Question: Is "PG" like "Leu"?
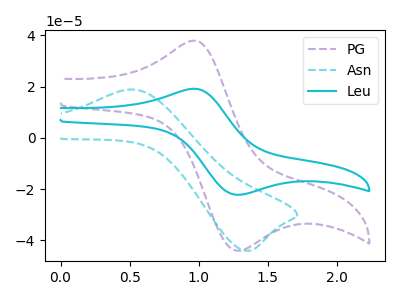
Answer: <think>The purple dashed curve "PG" has an anodic peak at (0.95V, 37.90uA) and a cathodic peak at (1.25V, -44.05uA). The cyan dashed curve "Asn" has an anodic peak at (0.50V, 18.85uA) and a cathodic peak at (1.35V, -44.10uA). The cyan curve "Leu" has an anodic peak at (0.95V, 19.15uA) and a cathodic peak at (1.25V, -22.25uA).
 All the peaks in "PG" have a peak in "Leu" at the same potential. Every peak in "PG" is higher than every peak in "Leu".</think>
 <answer>"PG" and "Leu" are similar in shape.</answer>
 <eval>same_shape</eval>